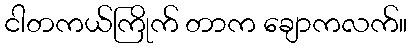
ငါတကယ်ကြိုက် တာက ချောကလက်။